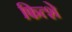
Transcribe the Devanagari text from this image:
फित्शे